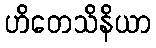
ဟိတေသိနိယာ